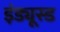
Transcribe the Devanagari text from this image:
इंड्यूस्ड